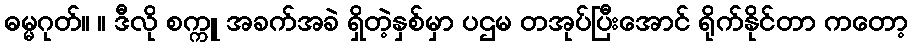
ဓမ္မဂုတ်။ ။ ဒီလို စက္ကူ အခက်အခဲ ရှိတဲ့နှစ်မှာ ပဌမ တအုပ်ပြီးအောင် ရိုက်နိုင်တာ ကတော့